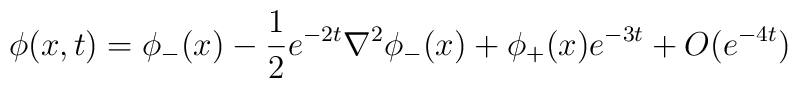
\phi(x,t)=\phi_-(x)-\frac{1}{2} e^{-2t} \nabla^2 \phi_-(x)+\phi_+(x) e^{-3t}+O(e^{-4t})